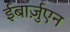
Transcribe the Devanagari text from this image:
ईबार्ज़ुएन